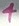
Text: 4